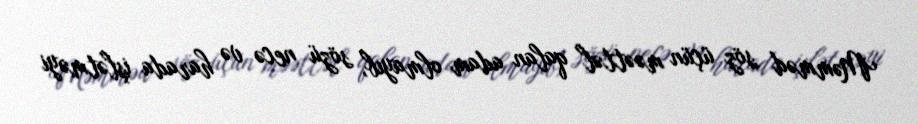
Məmməd söz üçün məəttəl qalan adam olmayıb, sözü necə və harada işlətməyi